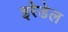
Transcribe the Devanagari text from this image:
इरेडेल